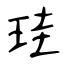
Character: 珪